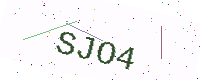
Text: SJO4